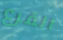
القرع